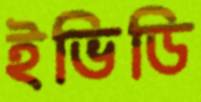
ইভিডি